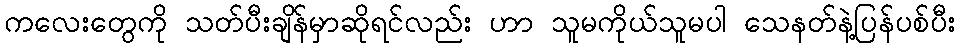
ကလေးတွေကို သတ်ပီးချိန်မှာဆိုရင်လည်း ဟာ သူမကိုယ်သူမပါ သေနတ်နဲ့ပြန်ပစ်ပီး